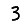
Digit: 3